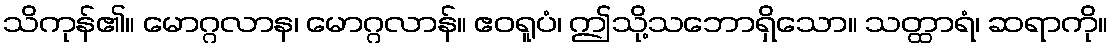
သိကုန်၏။ မောဂ္ဂလာန၊ မောဂ္ဂလာန်။ ဧဝရူပံ၊ ဤသို့သဘောရှိသော။ သတ္ထာရံ၊ ဆရာကို။